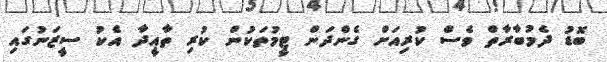
ބޮޑު ދެމުބާރާތް ވެސް ކުރިއަށް ގެންދަން ޓީމުތަކުން ކުރި ތާއީދާ އެކު ސީޒަނުގައި